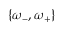
\{ \omega _ { - } , \omega _ { + } \}